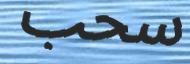
سحب